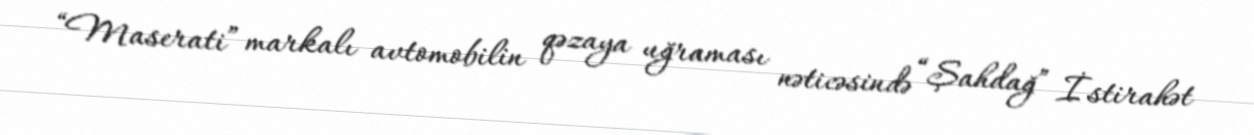
“Maserati” markalı avtomobilin qəzaya uğraması nəticəsində “Şahdağ” İstirahət